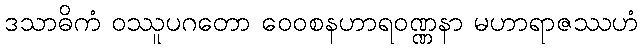
ဒသာဓိကံ ဝဿူပဂတော ဝေဝစနဟာရဝဏ္ဏနာ မဟာရာဇဿဟံ